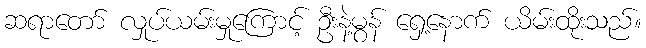
ဆရာတော် လှုပ်ယမ်းမှုကြောင့် ဦးနဲ့မွန် ရှေ့နောက် ယိမ်းထိုးသည်။